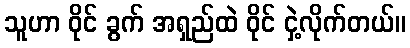
သူဟာ ဝိုင် ခွက် အရှည်ထဲ ဝိုင် ငှဲ့လိုက်တယ်။